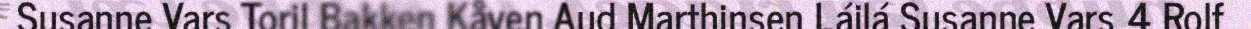
Susanne Vars Toril Bakken Kåven Aud Marthinsen Láilá Susanne Vars 4 Rolf